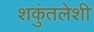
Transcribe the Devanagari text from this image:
शकुंतलेशी